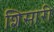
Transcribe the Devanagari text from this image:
शिसारी